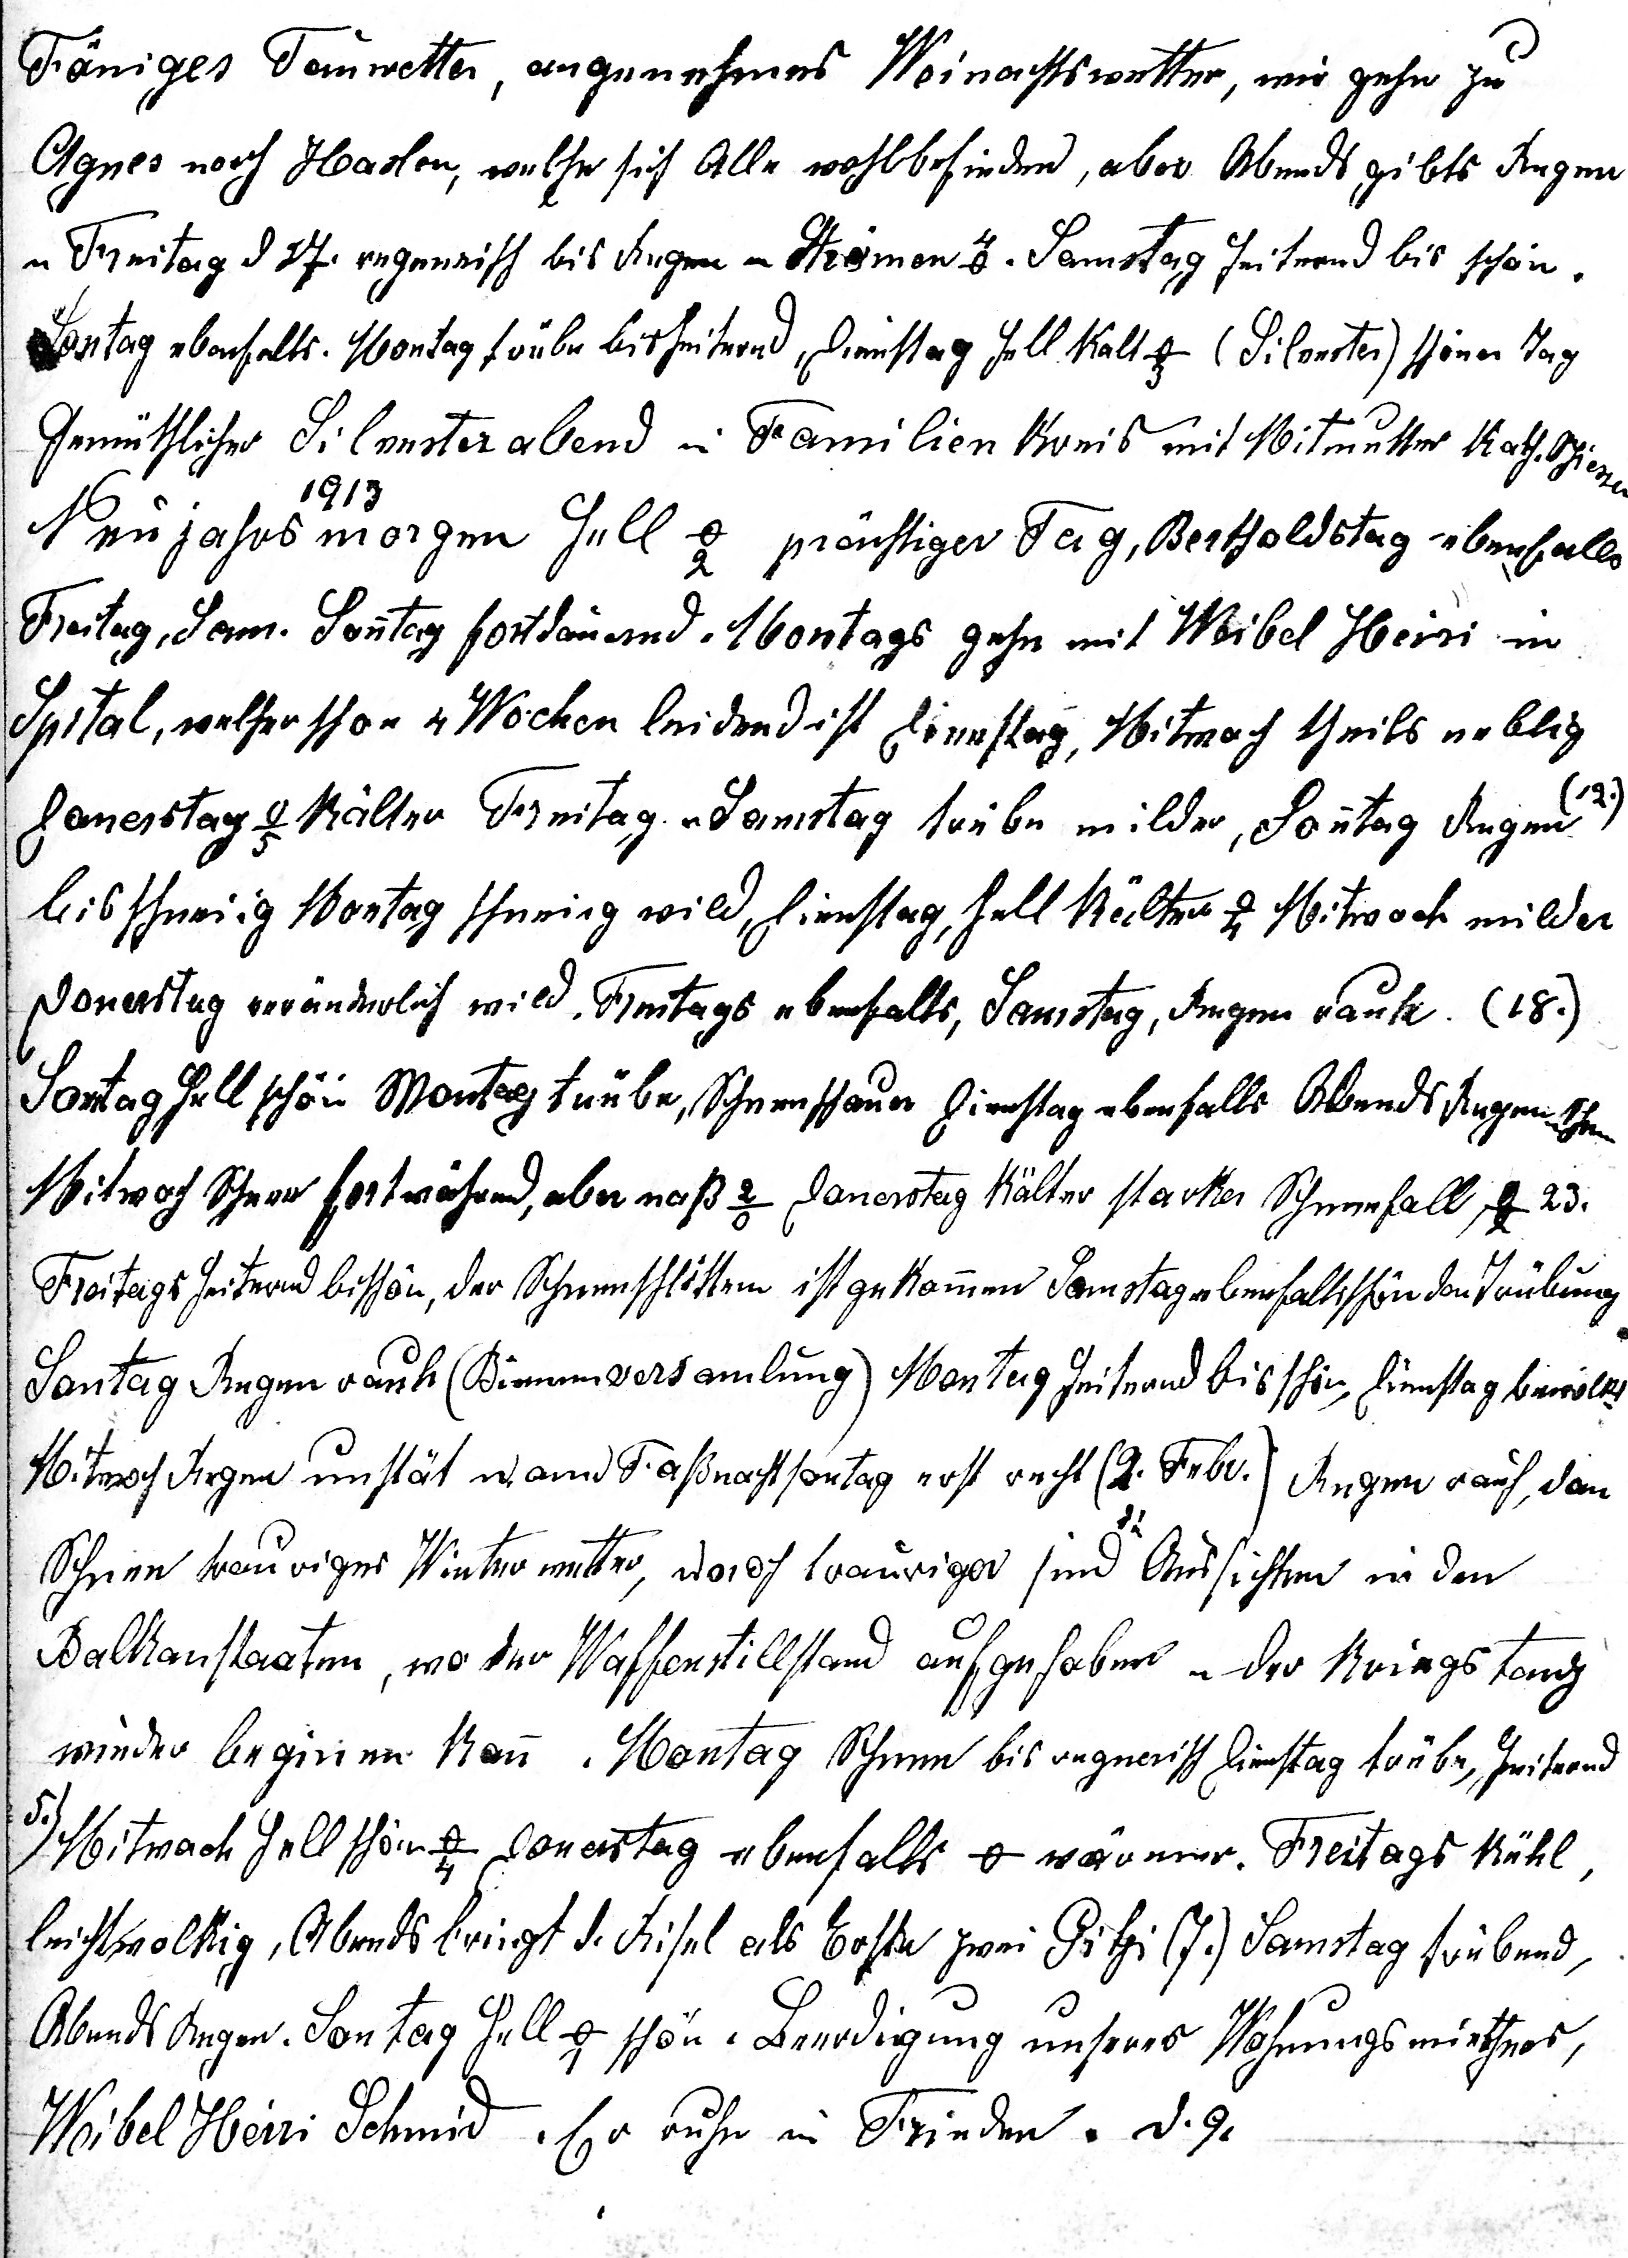
Föniges Sauwetter angenehmes Meinachtswutter, wir gehe zu
Agnes noch Haslon, welche sich Alle wohlbefinden, aber Abends gibts Regen
u Freitag d Sch regenrisch bis Regen u Stromen 3. Samstag heiternd bis schön
Sonitag ebenfells. Montag trübe bis heiternd, Dienstag hell kalt -o (Silveter) schöner Tag
Gemüthlicher Silenster abend in Familien Konis mit Mitwutter kach chienn
19
3
Nenjahrsmorgen hell 5o prächtiger Tag, Bertholdstag ebenfalls
Freitag, dam. Sontag fortdäuend. Montags gehn mit Weibel Heisi in
Spital, welher schön u Wochen leidend ist Dienstag, Mitwoch tcheils neblig
Donerstag 4o kälter Freitag, u Samstag trübe milder, Sontag Regen.)
bis schneiig Montag schneiig wild, Dienstag, hell kälter 7o Mitwoch milder
Donerstag veränderlich wild. Freitags ebenfalls, Samstag, Regen rauk. (18.)
Sontag hell schön Montag trübe, Schneeschaue Dienstag ebenfalls Abends Regenthen
Mitwoch Schnee fortwähren, aber nass 3o Donerstag kälter starker Schneefall, J 23.
Freitags heiternd bischön, der Schneeschlitten ist gekommen Samstag ebenfallschönden Trübung
Sontag Regen rauh (Biememversamlung.) Montag heiternd bis schön, Dienstag bewölk
Mitwch Regen unstät wam Fassnachtsontag erst recht (2. Febe.) Regen rauh, dann
Schnee bauriges Winterwetter doroch trauriger sind Aussichten in den
Balkanstaaten, wo der Waffenstillstand aufgehoben u der Kriegstang
wieder beginnen Kan. Montag Schnee bis regnerisch Dienstag trübe, heiternd
) Mitwach hell schön -o Donerstag ebenfalls 0 warmer. Freitags kühl
leichtwolkig, Abends bringt d. Risel als Erhte zwei Fitzi (7.) Samstag trübend,
Abends Regen. Sontag hell 4o schön. Beerdigung unseres Nöhnungsmirthers,
Wibel Heri Schmie. Er ruhe in Frieden. D. 9.